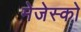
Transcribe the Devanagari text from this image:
मेजेस्‍को